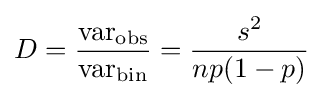
D={\frac {{\text{var}}_{\text{obs}}}{{\text{var}}_{\text{bin}}}}={\frac {s^{2}}{np(1-p)}}